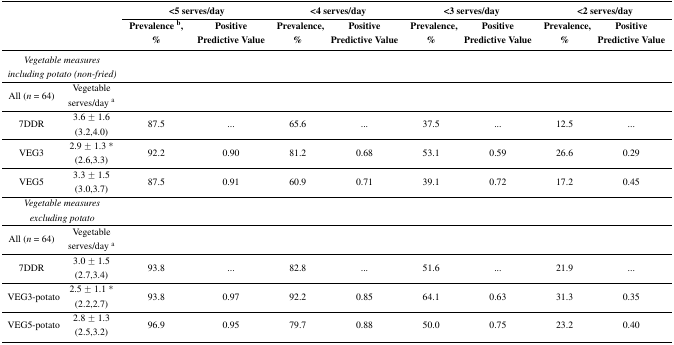
|  |  | <COLSPAN=2> <5 serves/day | <COLSPAN=2> <4 serves/day | <COLSPAN=2> <3 serves/day | <COLSPAN=2> <2 serves/day |
 |  |  | Prevalence b, % | Positive Predictive Value | Prevalence, % | Positive Predictive Value | Prevalence, % | Positive Predictive Value | Prevalence, % | Positive Predictive Value |
 | --- | --- | --- | --- | --- | --- | --- | --- | --- | --- |
 | <COLSPAN=2> Vegetable measures including potato (non-fried) |  |  |  |  |  |  |  |  |
 | All (n = 64) | Vegetable serves/day a |  |  |  |  |  |  |  |  |
 | 7DDR | 3.6 ± 1.6 (3.2,4.0) | 87.5 | ... | 65.6 | ... | 37.5 | ... | 12.5 | ... |
 | VEG3 | 2.9 ± 1.3 * (2.6,3.3) | 92.2 | 0.90 | 81.2 | 0.68 | 53.1 | 0.59 | 26.6 | 0.29 |
 | VEG5 | 3.3 ± 1.5 (3.0,3.7) | 87.5 | 0.91 | 60.9 | 0.71 | 39.1 | 0.72 | 17.2 | 0.45 |
 | <COLSPAN=2> Vegetable measures excluding potato |  |  |  |  |  |  |  |  |
 | All (n = 64) | Vegetable serves/day a |  |  |  |  |  |  |  |  |
 | 7DDR | 3.0 ± 1.5 (2.7,3.4) | 93.8 | ... | 82.8 | ... | 51.6 | ... | 21.9 | ... |
 | VEG3-potato | 2.5 ± 1.1 * (2.2,2.7) | 93.8 | 0.97 | 92.2 | 0.85 | 64.1 | 0.63 | 31.3 | 0.35 |
 | VEG5-potato | 2.8 ± 1.3 (2.5,3.2) | 96.9 | 0.95 | 79.7 | 0.88 | 50.0 | 0.75 | 23.2 | 0.40 |